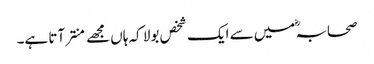
صحابہؓ میں سے ایک شخص بولا کہ ہاں مجھے منتر آتا ہے۔